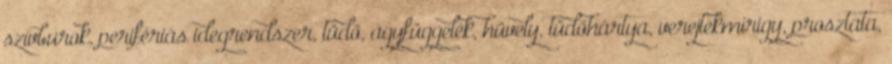
szívburok, perifériás idegrendszer, tüdő, agyfüggelék, hüvely, tüdőhártya, verejtékmirigy, prosztata,